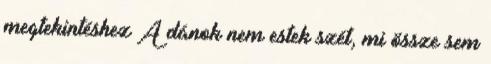
megtekintéshez A dánok nem estek szét, mi össze sem